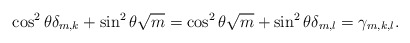
\begin{align*}\cos^2 \theta \delta_{m,k} + \sin^2 \theta \sqrt{m}= \cos^2 \theta \sqrt{m} + \sin^2 \theta \delta_{m,l}= \gamma_{m,k,l}.\end{align*}